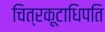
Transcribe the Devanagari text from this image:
चित्रकूटाधिपति